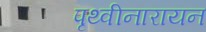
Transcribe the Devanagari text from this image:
पृथ्वीनारायन